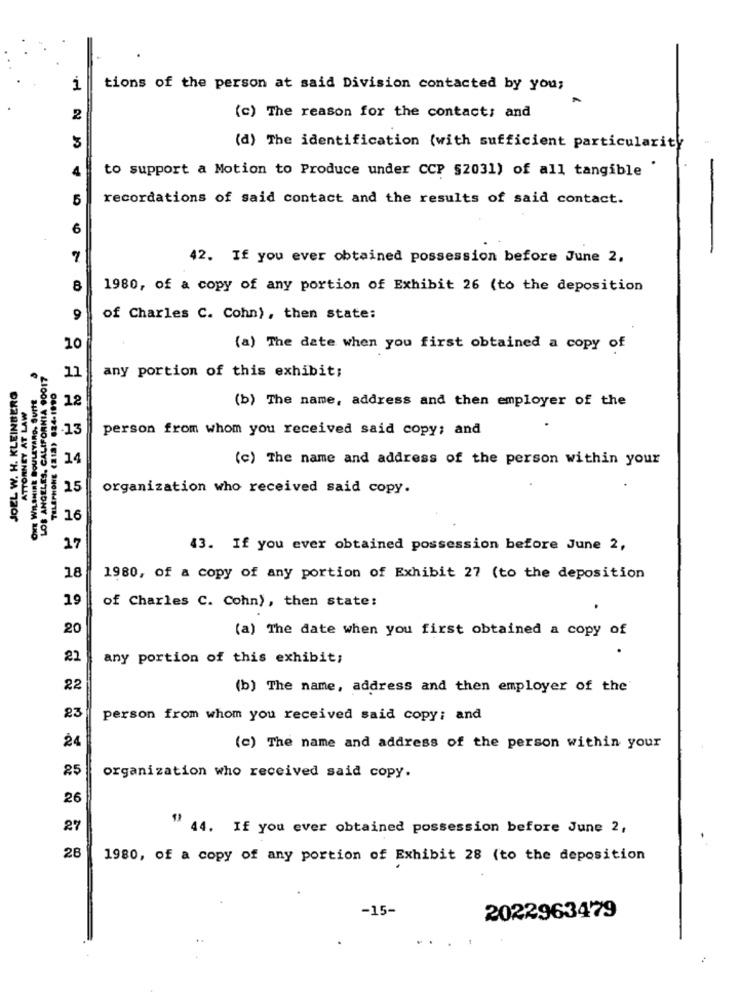
1
tions of the person at said Division contacted by you;
2
(c) The reason for the contacts and
3
(d) The identification (with sufficient particularity
4
to support a Motion to Produce under CCP §2031) of all tangible '
5
recordations of said contact and the results of said contact.
6
7
42. If you ever obtained possession before June 2.
8
1980, of a copy of any portion of Exhibit 26 (to the deposition
9
of Charles C. Cohn), then state:
10
(a) The date when you first obtained a copy of
ORE WILSHIRE BOULEVARD, SUITE
LOS ANGELES, CALIFORNIA 90017
11
any portion of this exhibit;
ATTORNEY AT LAW
12
(b) The name, address and then employer of the
JOEL W. H. KLEIN
.13
person from whom you received said copy; and
14
(c) The name and address of the person within your
25
organization who received said copy.
16
27
43. If you ever obtained possession before June 2,
18
1980, of a copy of any portion of Exhibit 27 (to the deposition
19
of Charles C. Cohn), then state:
20
(a) The date when you first obtained a copy of
22
any portion of this exhibit;
22
(b) The name, address and then employer of the
23
person from whom you received said copy; and
24
(c) The name and address of the person within your
25
organization who received said copy.
26
27
" 44. If you ever obtained possession before June 2,
28
1980, of a copy of any portion of Exhibit 28 (to the deposition
-15-
2022963479